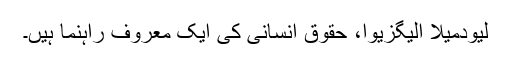
لیودمیلا الیگزیوا، حقوقِ انسانی کی ایک معروف راہنما ہیں۔